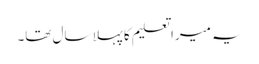
یہ میرا تعلیم کا پہلا سال تھا۔